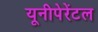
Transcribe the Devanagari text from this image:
यूनीपेरेंटल